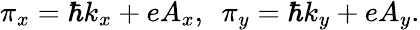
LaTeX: \begin{array}{r}{\pi_{x}=\hbar k_{x}+eA_{x},~~\pi_{y}=\hbar k_{y}+eA_{y}.}\end{array}